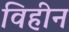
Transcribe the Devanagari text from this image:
विहीन